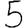
Digit: 5